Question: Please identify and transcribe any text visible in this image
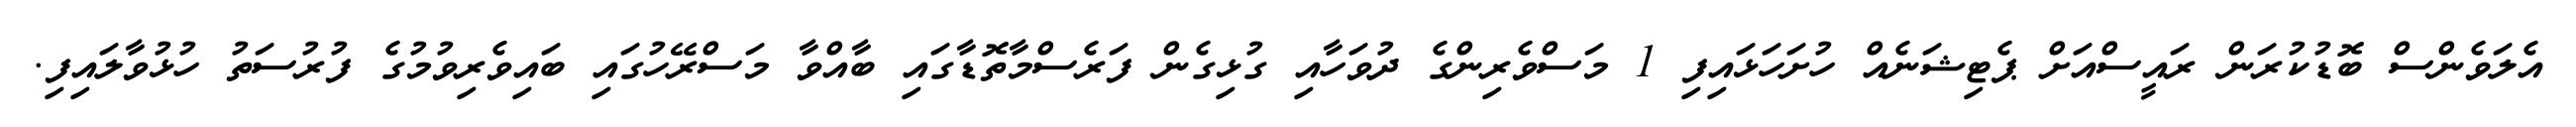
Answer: އެލަވެންސް ބޮޑުކުރަން ރައީސްއަށް ޕެޓިޝަނެއް ހުށަހަޅައިފި 1 މަސްވެރިންގެ ދުވަހާއި ގުޅިގެން ފަރެސްމާތޮޑާގައި ބާއްވާ މަސްރޭހުގައި ބައިވެރިވުމުގެ ފުރުސަތު ހުޅުވާލައިފި.